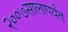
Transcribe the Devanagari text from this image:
२००७सालापर्यंत